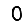
Digit: 0